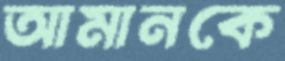
আমানকে